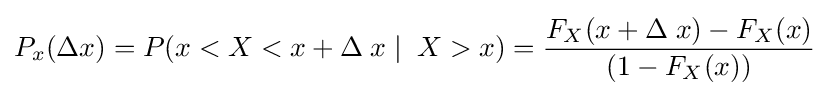
P_{x}(\Delta x)=P(x<X<x+\Delta \;x\mid \;X>x)={\frac {F_{X}(x+\Delta \;x)-F_{X}(x)}{(1-F_{X}(x))}}